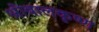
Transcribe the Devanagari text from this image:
श्रीबालकृष्ण